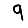
Digit: 9